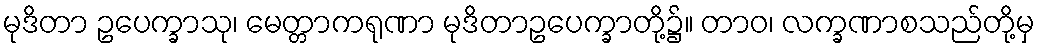
မုဒိတာ ဥပေက္ခာသု၊ မေတ္တာကရုဏာ မုဒိတာဥပေက္ခာတို့၌။ တာဝ၊ လက္ခဏာစသည်တို့မှ